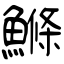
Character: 鰷